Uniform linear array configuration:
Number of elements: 64
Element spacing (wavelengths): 0.5
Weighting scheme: binomial
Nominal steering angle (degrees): -60
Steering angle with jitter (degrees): -59.781
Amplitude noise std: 0.05
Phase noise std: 0.05

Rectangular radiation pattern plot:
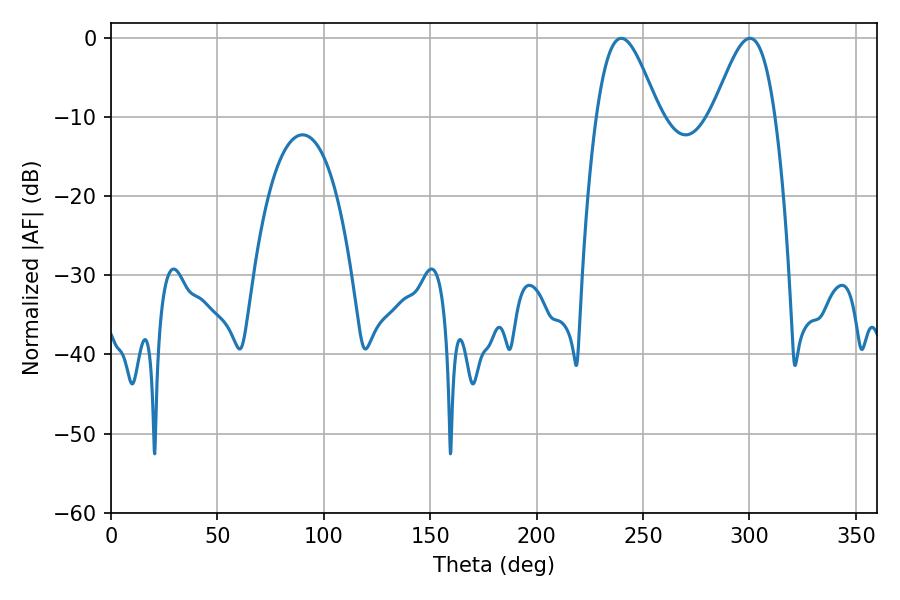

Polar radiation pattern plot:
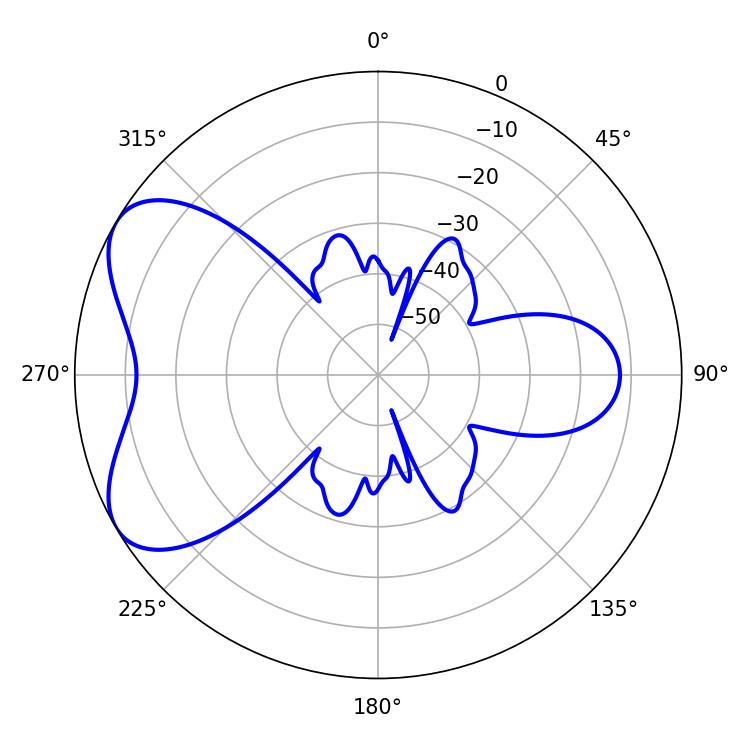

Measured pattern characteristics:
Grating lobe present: FALSE
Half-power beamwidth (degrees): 15.66
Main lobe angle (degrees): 239.76